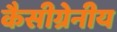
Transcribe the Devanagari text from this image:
कैसीग्रेनीय